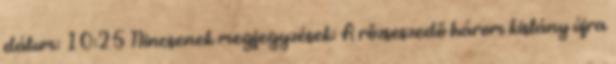
dátum: 10:25 Nincsenek megjegyzések: A rőzseszedő három kislány újra